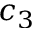
c _ { 3 }